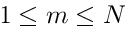
1 \leq m \leq N